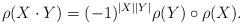
LaTeX: \begin{align*}\rho(X\cdot Y) = (-1)^{|X||Y|}\rho(Y)\circ \rho(X).\end{align*}